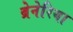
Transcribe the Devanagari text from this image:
ब्रेनेरिया